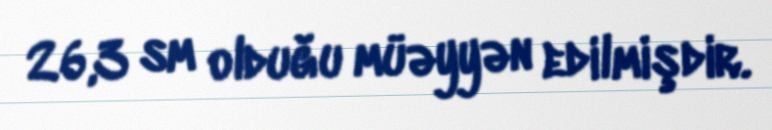
26,3 sm olduğu müəyyən edilmişdir.